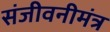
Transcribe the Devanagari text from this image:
संजीवनीमंत्र